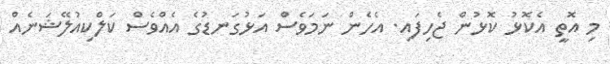
މި އޮތީ އެކޮޅު ކޮޅުން ޖެހިފައި. އެހެން ނަމަވެސް އަޅުގަނޑުގެ އެއްވެސް ކަލްކިއުލޭޝަނެއް